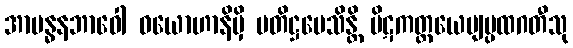
အာဗန္ဓနဘာဝေါ ဝယောဟာနိမှိ ပတိဋ္ဌပေသိန္တိ ပိဋကတ္တယေဗျပ္ပထဂတီသု